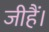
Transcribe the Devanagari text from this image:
जीहैं।